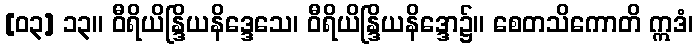
[၀၃] ၁၃။ ဝီရိယိန္ဒြိယနိဒ္ဒေသေ၊ ဝီရိယိန္ဒြိယနိဒ္ဒော၌။ စေတသိကောတိ ဣဒံ၊